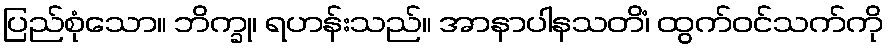
ပြည်စုံသော။ ဘိက္ခု၊ ရဟန်းသည်။ အာနာပါနသတိံ၊ ထွက်ဝင်သက်ကို